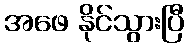
အဖေ နိုင်သွားပြီ